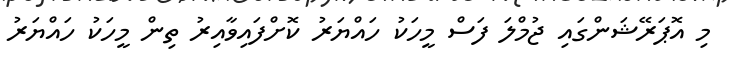
މި އޮޕަރޭޝަންގައި ޖުމްލަ ފަސް މީހަކު ހައްޔަރު ކޮށްފައިވާއިރު ތިން މީހަކު ހައްޔަރު